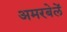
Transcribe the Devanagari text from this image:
अमरबेलें